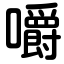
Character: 嚼